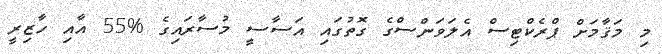
މި މަޤާމަށް ޕްރެކްޓިސް އެލަވަންސްގެ ގޮތުގައި އަސާސީ މުސާރައިގެ %55 އާއި ހާޒިރީ